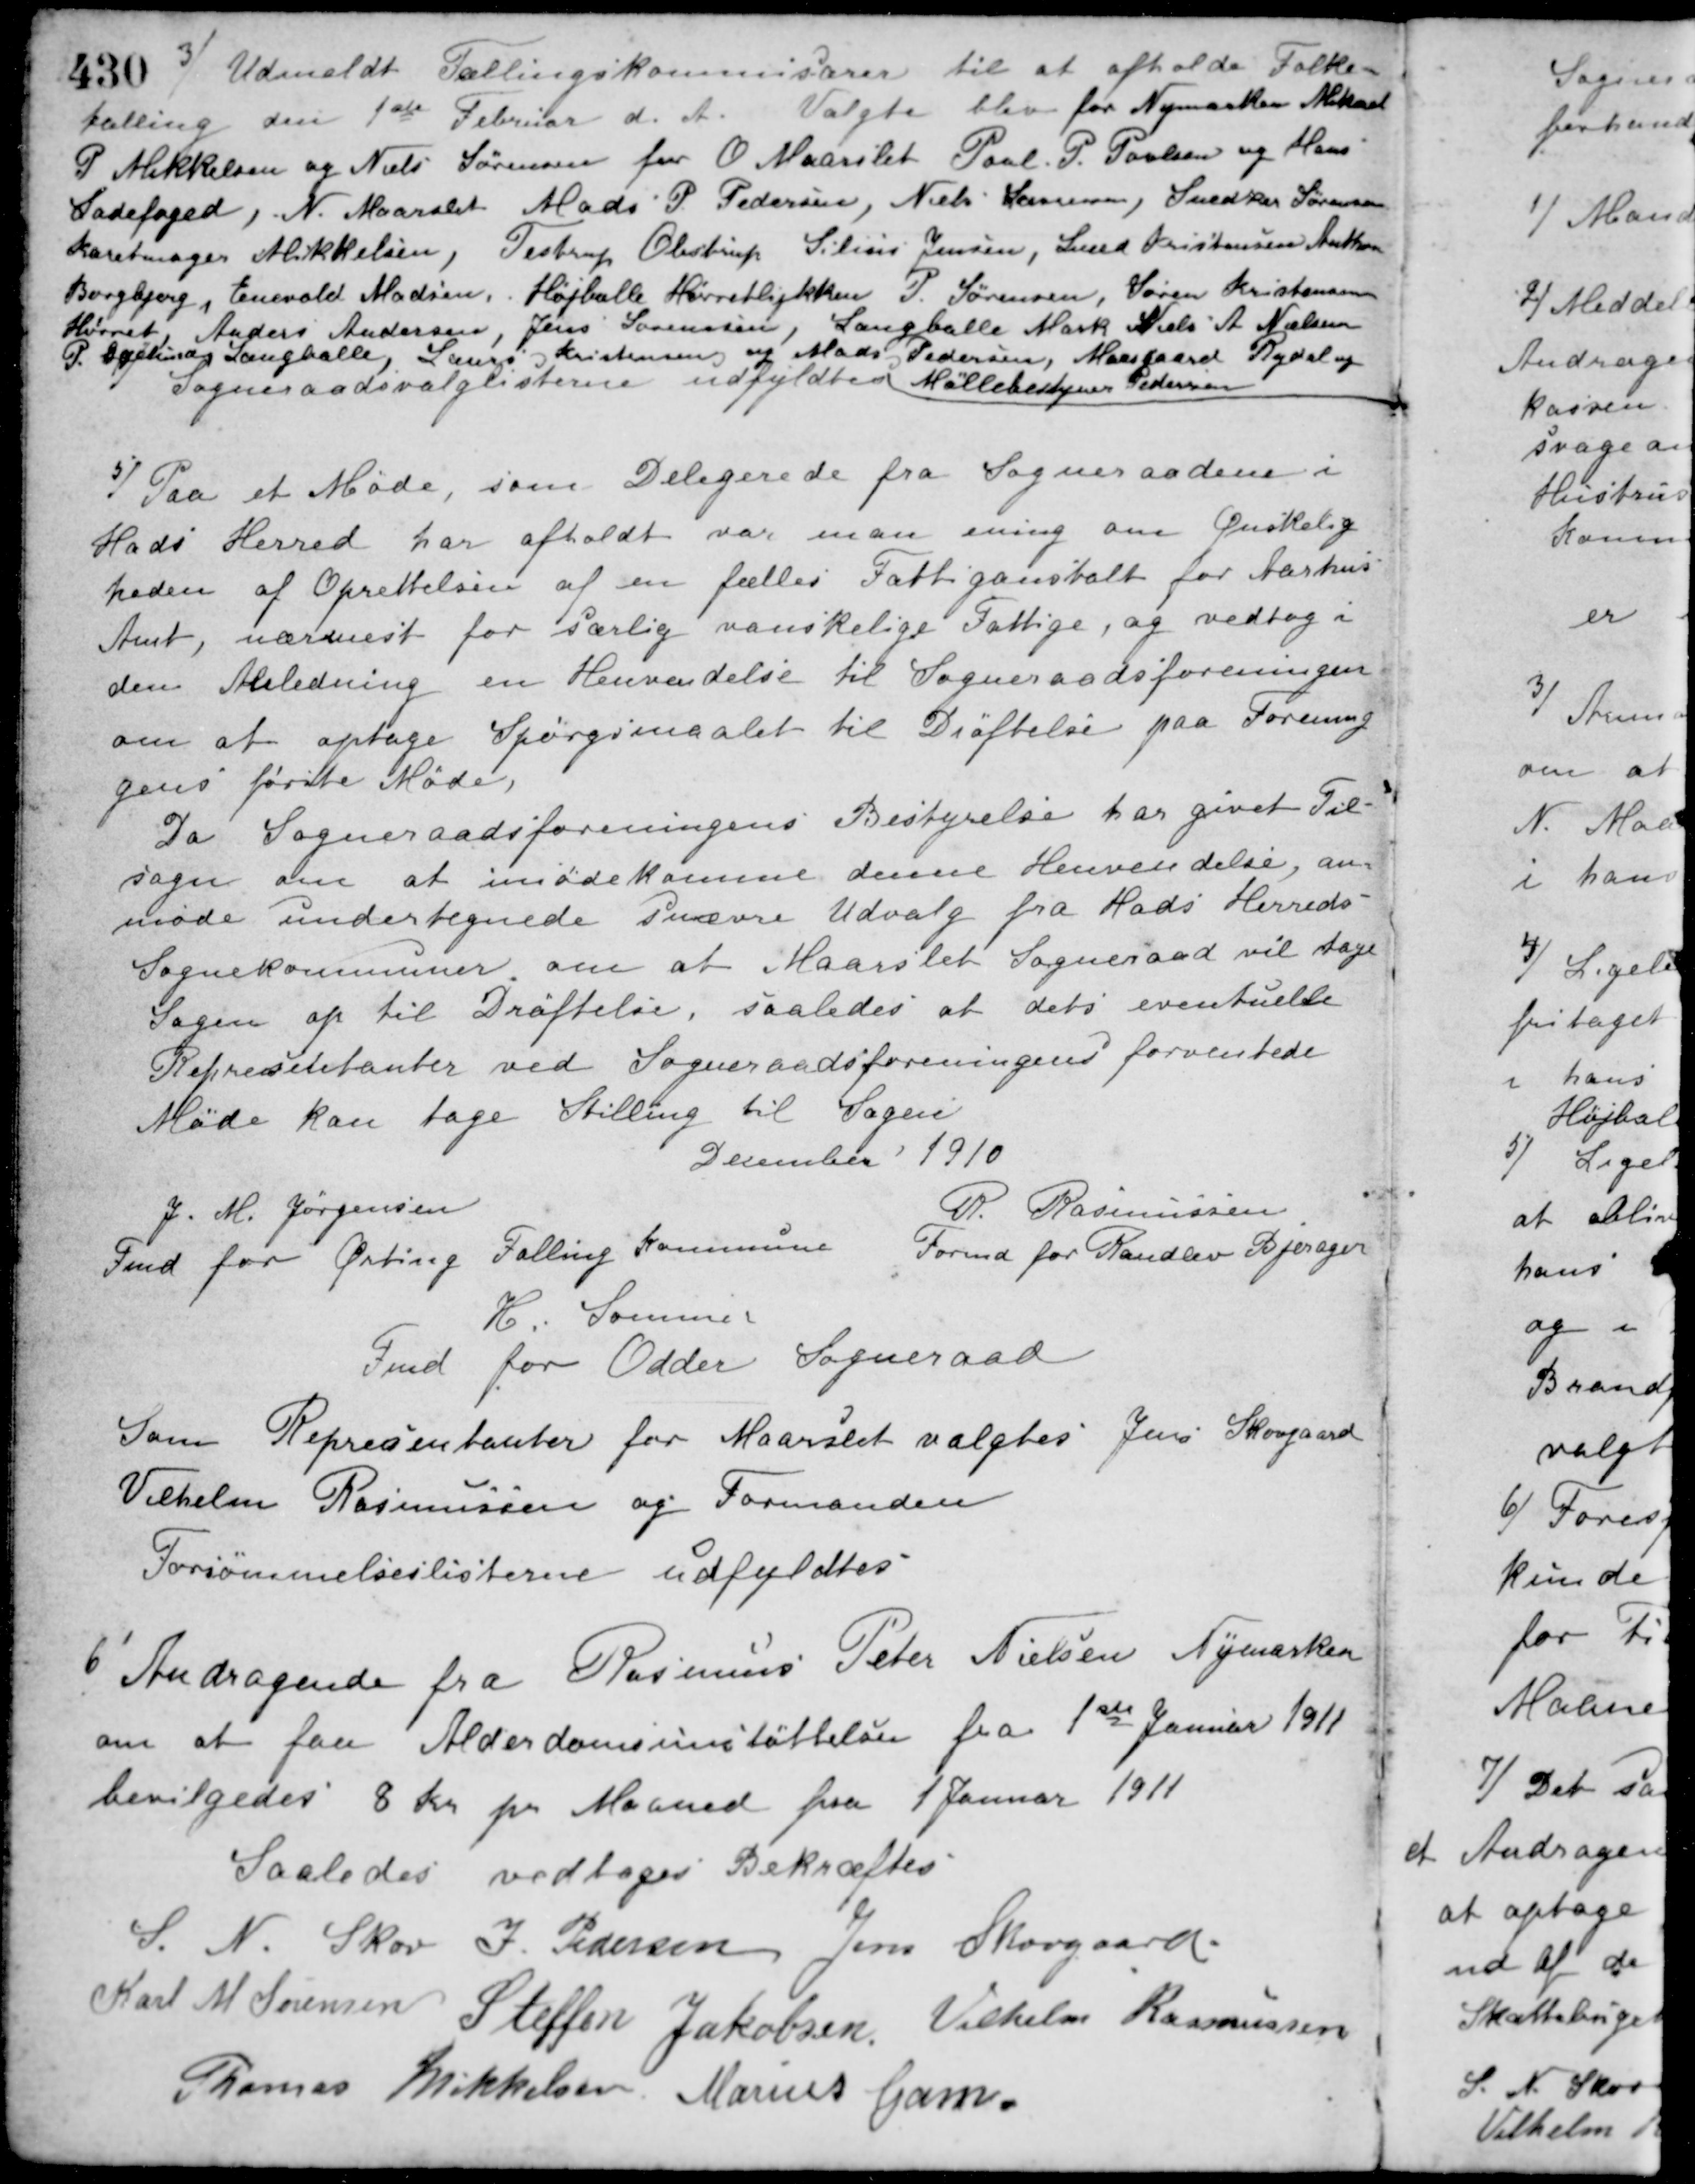
Transskription:
3/ Udmeldt Tællingskommisærer til at afholde Folke-
tælling den 1ste Februar d. A. Valgte blev for Nymarken Mikael
P. Mikkelsen og Niels Sørensen for O. Maarslet Poul P. Poulsen og Hans
Ladefoged, N. Maarslet Mads P. Pedersen, Niels Lauersen, Snedker Sørensen
Karetmager Mikkelsen, Testrup Obstrup Silius Jensen, Smed Kristensen Anthon
Borgbjerg, Enevold Madsen, Højballe Hørretløkken P. Sørensen, Søren Kristensen
Hørret, Anders Andersen, Jens Sørensen, Langballe Mark Niels A. Nielsen
P. Gylling Langballe Stig Kristensen og Mads Pedersen, Moesgaard Rydal og
Møllebestyrer Pedersen.
Sogneraadsvalglisterne udfyldtes.
5/ Paa et Møde, som Delegerede fra Sogneraadene i
Hads Herred har afholdt var man ening om Ønskelig-
heden af Oprettelsen af en fælles Fattiganstalt for Aarhus
Amt, nærmest for særlig vanskelige Fattige, og vedtog i
den Anledning en Henvendelse til Sogneraadsforeningen
om at optage Spørgsmaalet til Drøftelse paa Forenin-
gens første Møde.
Da Sogneraadsforeningens Bestyrelse har givet Til-
sagn om at imødekomme denne Henvendelse, an-
moder undertegnede snævre Udvalg fra Hads Herreds
Sognekommuner om at Maarslet Sogneraad vil tage
Sagen op til Drøftelse, saaledes at dets eventuelle
Repræsentanter ved Sogneraadsforeningens forventede
Møde kan tage Stilling til Sagen.
December 1910
J. M. Jørgensen
Fmd. for Ørting Falling Kommune
P. Rasmussen
Formd. for Randlev Bjerager
H. Sommer
Fmd. for Odder Sogneraad
Som Repræsentanter for Maarslet valgtes Jens Skovgaard
Vilhelm Rasmussen og Formanden.
Forsømmelseslisterne udfyldtes.
6/ Andragende fra Rasmus Peter Nielsen Nymarken
om at faa Alderdomsunstøttelse fra 1ste Januar 1911
bevilgedes 8 Kr. pr. Maaned fra 1 Januar 1911.
Saaledes vedtaget Bekræftes
S. N. Skov J. Pedersen Jens Skovgaard
Karl M. Sørensen Steffen Jakobsen Vilhelm Rasmussen
Thomas Mikkelsen Marius Gam